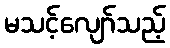
မသင့်လျော်သည့်